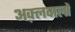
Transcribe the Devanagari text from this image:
अक़्लवालों